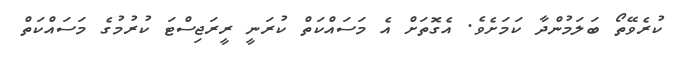
ކުރެވޭތޯ ބަލަމުންދާ ކަމަށެވެ. އެގޮތަށް އެ މަސައްކަތް ކުރަނީ ރީރަޖިސްޓަ ކުރުމުގެ މަސައްކަތް